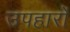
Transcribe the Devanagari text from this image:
उपहारांे